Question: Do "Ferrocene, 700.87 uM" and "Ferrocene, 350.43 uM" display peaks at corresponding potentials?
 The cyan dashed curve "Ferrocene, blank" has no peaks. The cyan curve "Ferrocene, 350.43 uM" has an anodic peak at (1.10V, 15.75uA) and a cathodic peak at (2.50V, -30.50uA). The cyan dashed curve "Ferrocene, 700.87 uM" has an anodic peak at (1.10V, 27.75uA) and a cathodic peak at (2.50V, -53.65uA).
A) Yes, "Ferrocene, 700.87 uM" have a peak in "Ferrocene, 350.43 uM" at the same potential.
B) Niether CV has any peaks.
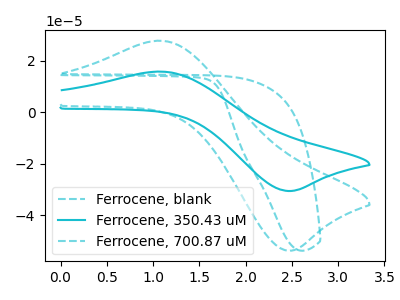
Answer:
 <answer>A) Yes, "Ferrocene, 700.87 uM" have a peak in "Ferrocene, 350.43 uM" at the same potential.</answer>
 <eval>A</eval>